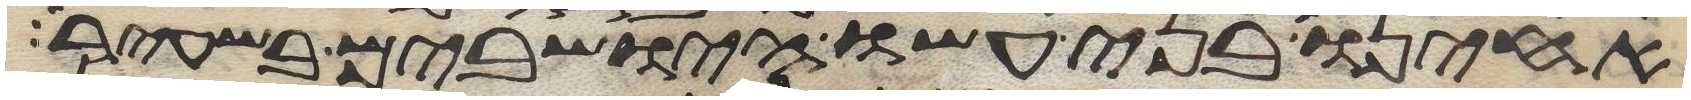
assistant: אחינו בני עשו הישבים בשעיר